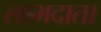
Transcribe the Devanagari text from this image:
लाभदाता